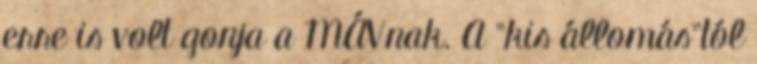
erre is volt gonja a MÁVnak. A "kis állomás"tól